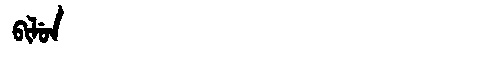
Manchu: ᠪᡳᠯᡠᠨ
Romanization: BILUN